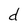
Character: d